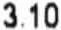
3.10